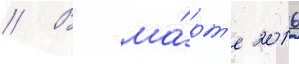
// В ма́рт'е 2016